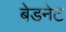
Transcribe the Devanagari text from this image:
बेडनेट